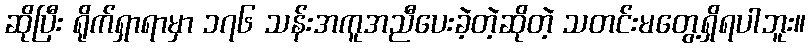
ဆိုပြီး ရိုက်ရှာရာမှာ ၁၇၆ သန်းအကူအညီပေးခဲ့တဲ့ဆိုတဲ့ သတင်းမတွေ့ရှိရပါဘူး။